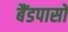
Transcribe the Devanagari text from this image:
बैंडपासों